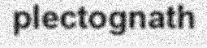
plectognath